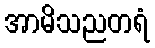
အာမိသညတရံ